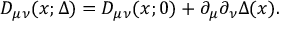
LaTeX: D _ { \mu \nu } ( x ; \Delta ) = D _ { \mu \nu } ( x ; 0 ) + \partial _ { \mu } \partial _ { \nu } \Delta ( x ) .